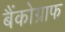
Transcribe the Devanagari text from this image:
बैंकोग्राफ